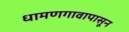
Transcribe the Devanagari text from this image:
धामणगावापासून